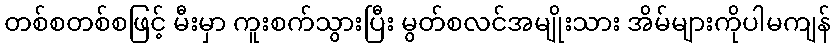
တစ်စတစ်စဖြင့် မီးမှာ ကူးစက်သွားပြီး မွတ်စလင်အမျိုးသား အိမ်များကိုပါမကျန်